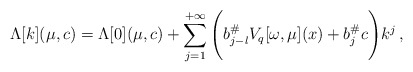
\begin{align*}\Lambda[k](\mu,c)&=\Lambda[0](\mu,c)+\sum_{j=1}^{+\infty}\Bigg({b^\#_{j-l}} V_{q}[\omega, \mu](x) + {b^\#_j} c\Bigg)k^j\, ,\end{align*}